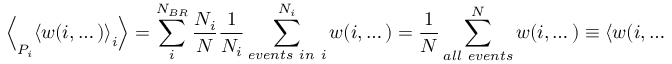
\Bigl < _ { P _ { i } } \left< w ( i , \dots ) \right> _ { i } \Bigr > = \sum _ { i } ^ { N _ { B R } } \frac { N _ { i } } { N } \frac { 1 } { N _ { i } } \sum _ { e v e n t s ~ i n ~ i } ^ { N _ { i } } w ( i , \dots ) = \frac { 1 } { N } \sum _ { a l l ~ e v e n t s } ^ { N } w ( i , \dots ) \equiv \left< w ( i , \dots ) \right> .